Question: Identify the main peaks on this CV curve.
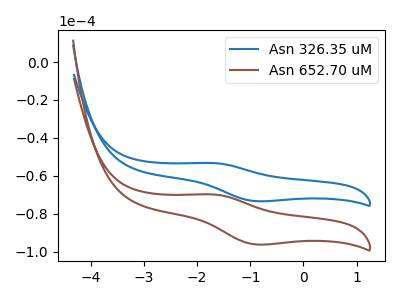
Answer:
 <answer>The blue curve "Asn 326.35 uM" has an anodic peak at (-1.70V, -53.30uA) and a cathodic peak at (-0.90V, -73.40uA). The brown curve "Asn 652.70 uM" has an anodic peak at (-1.70V, -69.85uA) and a cathodic peak at (-0.90V, -96.20uA).</answer>
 <eval></eval>